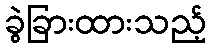
ခွဲခြားထားသည့်